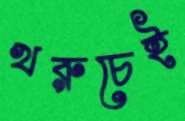
খরুচেই